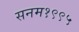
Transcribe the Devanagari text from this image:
सनम१९९५